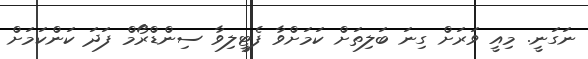
ނަގަނީ. މިއީ ވަރަށް ގިނަ ބަލިތަށް ކަމަށްވާ ފެޓީލިވާ ސިންޑްރޯމް ފަދަ ކަންކަމަށް